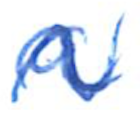
Text: a
Cross-out: wave
Writing tool: ballpoint